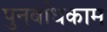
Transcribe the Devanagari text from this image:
पुनर्बांधकाम